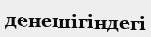
денешігіндегі